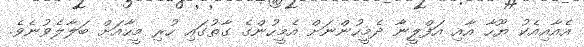
އެއާއިއެކު ޔޫހާ އާއި އަފްލީނާ ދެމީހުންނަށް އެމީހުންގެ ގާތުގައި ހުރި މީހާއަށް ބަލާލެވުނެވެ.